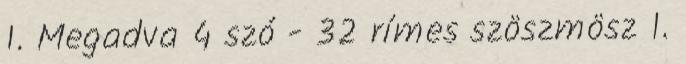
1. Megadva 4 szó - 32 rímes szöszmösz 1.